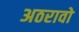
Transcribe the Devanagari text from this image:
अठरावो